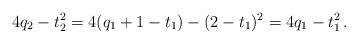
LaTeX: \begin{align*}4q_2 - t_2^2 = 4(q_1+1-t_1) - (2-t_1)^2 = 4q_1-t_1^2\,.\end{align*}